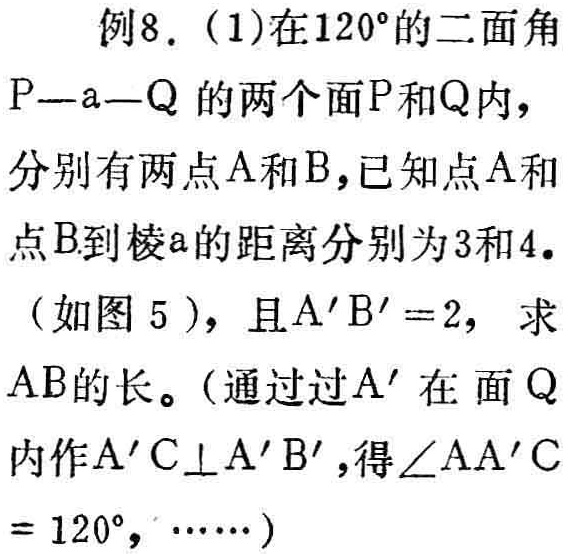
例8. (1)在\(120^{\circ}\)的二面角\(P - a - Q\)的两个面\(P\)和\(Q\)内，分别有两点\(A\)和\(B\)，已知点\(A\)和点\(B\)到棱\(a\)的距离分别为\(3\)和\(4\)。（如图5），且\(A'B' = 2\)，求\(AB\)的长。（通过过\(A'\)在面\(Q\)内作\(A'C\perp A'B'\)，得\(\angle AA'C = 120^{\circ}\)，……）